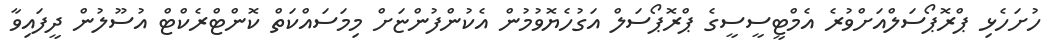
ހުށަހެޅި ޕްރޮޕޯސަލްއަށްވުރެ އެމްޓީސީސީގެ ޕްރޮޕޯސަލް އަގުހެޔޮވުމުން އެކުންފުންޏަށް މިމަސައްކަތް ކޮންޓްރެކްޓް އުސޫލުން ދީފައިވާ